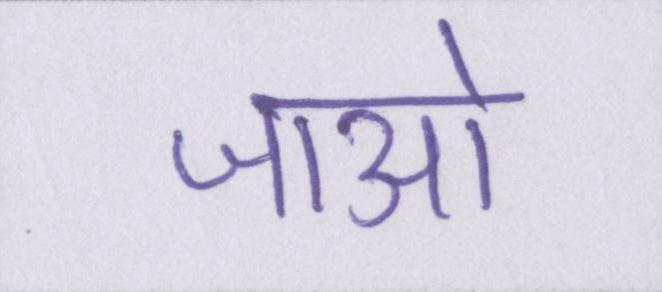
जाओ